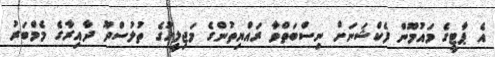
އެ ޕާޓީގެ މައުމޫން ފެކްޝަނަށް ނިސްބަތްވާ ރައްޔިތުންގެ މަޖިލީހުގެ ތުލުސްދޫ ދާއިރާގެ މެމްބަރު